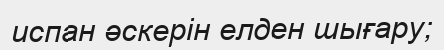
испан әскерін елден шығару;